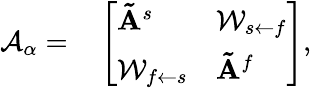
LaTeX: \begin{array}{rl}{\mathcal{A}_{\alpha}=}&{{}\left[\begin{array}{ll}{\mathbf{\tilde{A}}^{s}}&{\mathcal{W}_{s\leftarrow f}}\\ {\mathcal{W}_{f\leftarrow s}}&{\mathbf{\tilde{A}}^{f}}\end{array}\right],}\end{array}